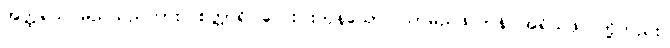
အတ္ထရသ မည်သည်ကား။ စတ္တာရိ၊ လေးပါးကုန်သော။ သာမညဖလာနိ၊ အရိယဖိုလ်တို့တည်း။